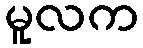
မူလက